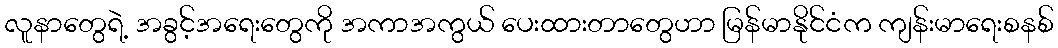
လူနာတွေရဲ့ အခွင့်အရေးတွေကို အကာအကွယ် ပေးထားတာတွေဟာ မြန်မာနိုင်ငံက ကျန်းမာရေးစနစ်